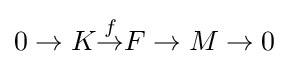
0\to K{\overset {f}{\to }}F\to M\to 0